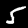
Digit: 5